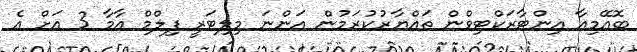
ބޮއޭމިއާ އިންޓާރަކްޓިވްން ތައްޔާރުކުރަމުން އަންނަ މިލިޓަރީ ފިލްމް އާމާ 3 އަށް އެ